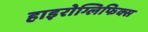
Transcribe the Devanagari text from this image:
हाइरोग्लिफिक्स